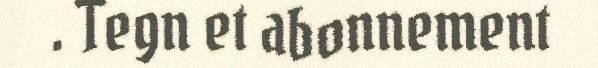
. Tegn et abonnement